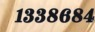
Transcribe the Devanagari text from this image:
१३३८६८४